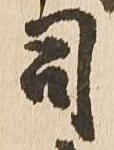
司